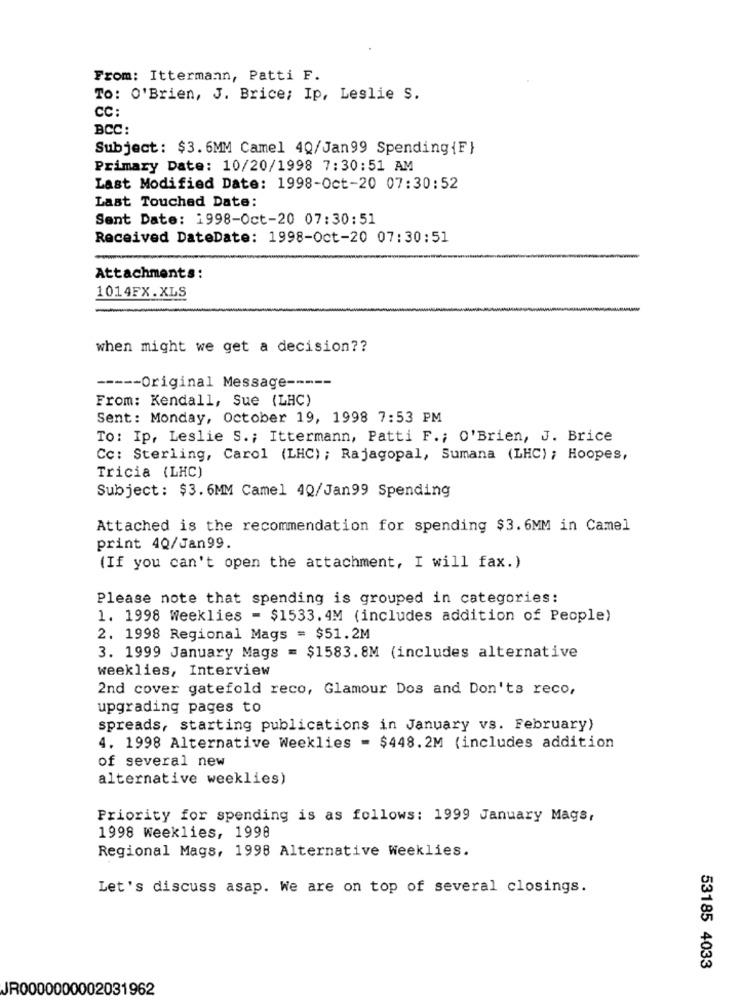
From: Ittermann, Patti F.
To: O'Brien, J. Brice; Ip, Leslie S.
CC:
BCC:
Subject: $3.6MM Camel 4Q/Jan99 Spending {F}
Primary Date: 10/20/1998 7:30:51 AM
Last Modified Date: 1998-Oct-20 07:30:52
Last Touched Date:
Sent Date: 1998-Oct-20 07:30:51
Received DateDate: 1998-Oct-20 07:30:51
Attachments:
1014FX.XLS
when might we get a decision ??
----- Original Message -----
From: Kendall, Sue (LHC)
Sent: Monday, October 19, 1998 7:53 PM
To: Ip, Leslie S .; Ittermann, Patti F .; O'Brien, J. Brice
Cc: Sterling, Carol (LHC) ; Rajagopal, Sumana (LHC) ; Hoopes,
Tricia (LHC)
Subject: $3.6MM Camel 4Q/Jan99 Spending
Attached is the recommendation for spending $3.6MM in Camel
print 40/Jan99.
(If you can't open the attachment, I will fax.)
Please note that spending is grouped in categories:
1. 1998 Weeklies = $1533. 4M (includes addition of People)
2. 1998 Regional Mags = $51.2M
3. 1999 January Mags = $1583. 8M (includes alternative
weeklies, Interview
2nd cover gatefold reco, Glamour Dos and Don'ts reco,
upgrading pages to
spreads, starting publications in January vs. February)
4. 1998 Alternative Weeklies = $448.2M (includes addition
of several new
alternative weeklies)
Priority for spending is as follows: 1999 January Mags,
1998 Weeklies, 1998
Regional Mags, 1998 Alternative Weeklies.
Let's discuss asap. We are on top of several closings.
53185 4033
JR0000000002031962